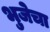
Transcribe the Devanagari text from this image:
भुजेचा